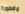
مقطورة